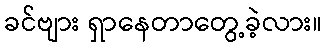
ခင်ဗျား ရှာနေတာတွေ့ခဲ့လား။